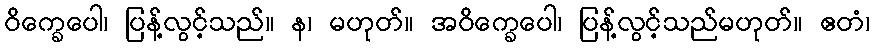
ဝိက္ခေပေါ၊ ပြန့်လွင့်သည်။ န၊ မဟုတ်။ အဝိက္ခေပေါ၊ ပြန့်လွင့်သည်မဟုတ်။ ဧတံ၊